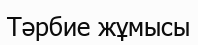
Тәрбие жұмысы